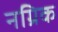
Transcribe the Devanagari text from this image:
नग्रिक